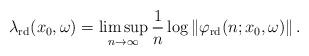
LaTeX: \begin{align*}\lambda_{\mathrm{rd}}(x_{0}, \omega) = \limsup_{n \to\infty}\frac{1}{n} \log\left\| \varphi_{\mathrm{rd}}(n; x_{0}, \omega)\right\| .\end{align*}